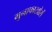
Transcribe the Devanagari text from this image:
मुनाफाखोरों